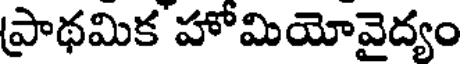
ప్రాథమిక హోమియోవైద్యం